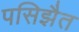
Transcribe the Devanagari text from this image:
पसिझैत